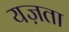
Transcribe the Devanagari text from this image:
यज़ता